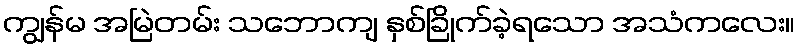
ကျွန်မ အမြဲတမ်း သဘောကျ နှစ်ခြိုက်ခဲ့ရသော အသံကလေး။